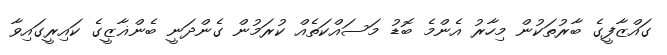
ގައްޒާފީގެ ބާރުތަކުން މިހާރު އެންމެ ބޮޑު މަސައްކަތެއް ކުރަމުން ގެންދަނީ ބެންޣާޒީގެ ކައިރީގައިވާ